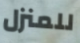
للمنزل